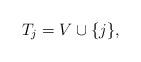
LaTeX: \begin{align*}T_j = V \cup \{j\},\end{align*}